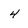
Character: 4